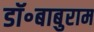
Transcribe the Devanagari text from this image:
डॉ॰बाबुराम